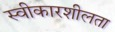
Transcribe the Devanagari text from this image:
स्वीकारशीलता